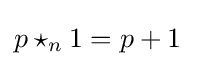
p\star _{n}1=p+1\